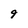
Character: 9